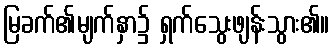
မြခက်၏မျက်နှာ၌ ရှက်သွေးဖျန်းသွား၏။